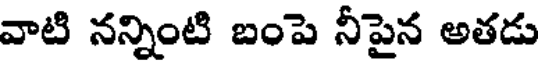
వాటి నన్నింటి బంపె నీపైన అతడు